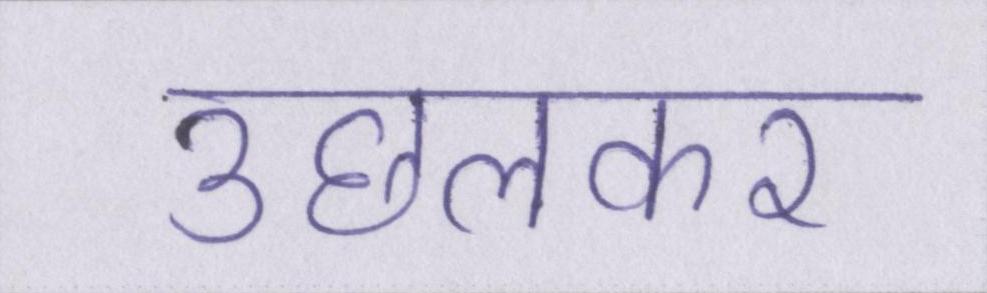
उछलकर